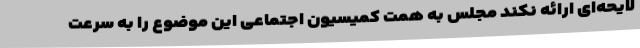
لایحه‌ای ارائه نکند مجلس به همت کمیسیون اجتماعی این موضوع را به سرعت